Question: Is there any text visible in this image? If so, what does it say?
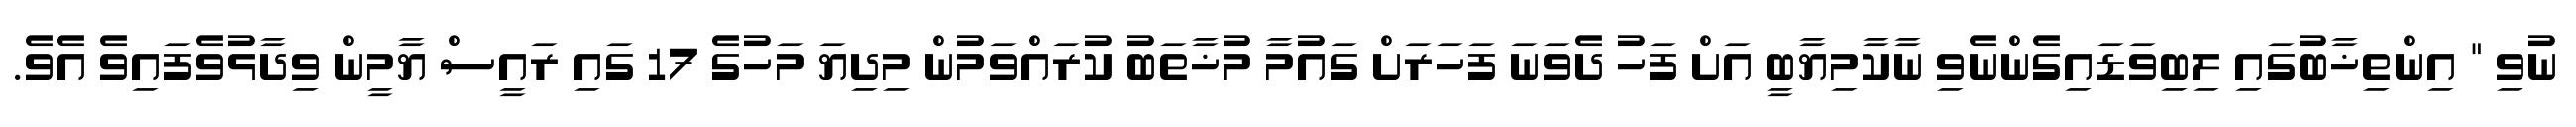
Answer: ނުވި " އިންތިޚާބުގައި ލިބިވަޑައިގެންނެވި ނާކާމިޔާބީ އަށް ފަހު ދެވަނަ ފަހަރަށް ގައުމާ މުޚާތަބު ކުރައްވަމުން މިދިޔަ މަހުގެ 17 ގައި ރައީސް ޔާމީން ވިދާޅުވެފައިވެ އެވެ.